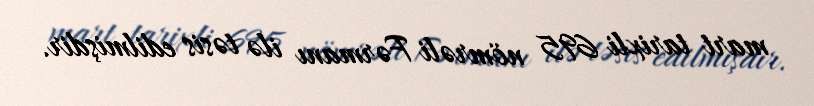
mart tarixli 695 nömrəli Fərmanı ilə təsis edilmişdir.